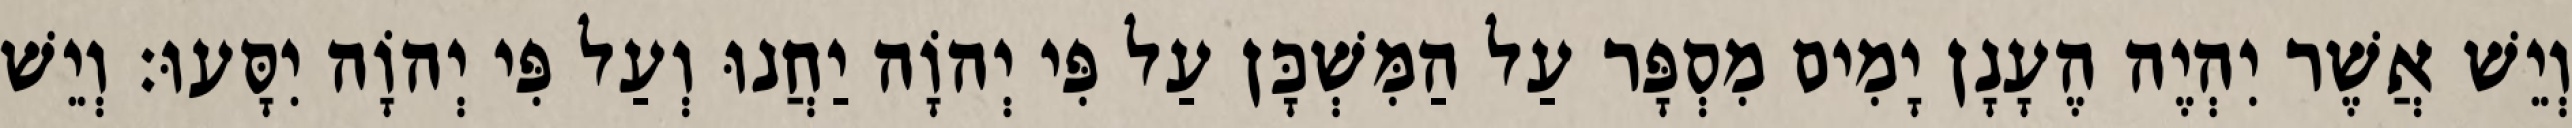
וְיֵשׁ אֲשֶׁר יִהְיֶה הֶעָנָן יָמִים מִסְפָּר עַל הַמִּשְׁכָּן עַל פִּי יְהוָֹה יַחֲנוּ וְעַל פִּי יְהוָֹה יִסָּעוּ׃ וְיֵשׁ